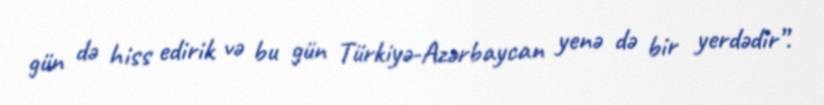
gün də hiss edirik və bu gün Türkiyə-Azərbaycan yenə də bir yerdədir”.